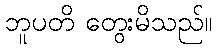
ဘူပတိ တွေးမိသည်။